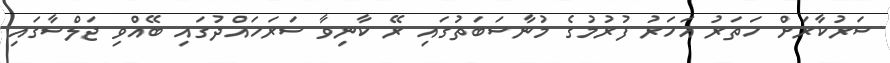
ސަރުކާރަށް ހަތަރު އަހަރު ފުރުމުގެ މުނާސަބަތުގައި ރޭ ކާނިވާ ސަރަހައްދުގައި ބޭއްވި ޖަލްސާގައި